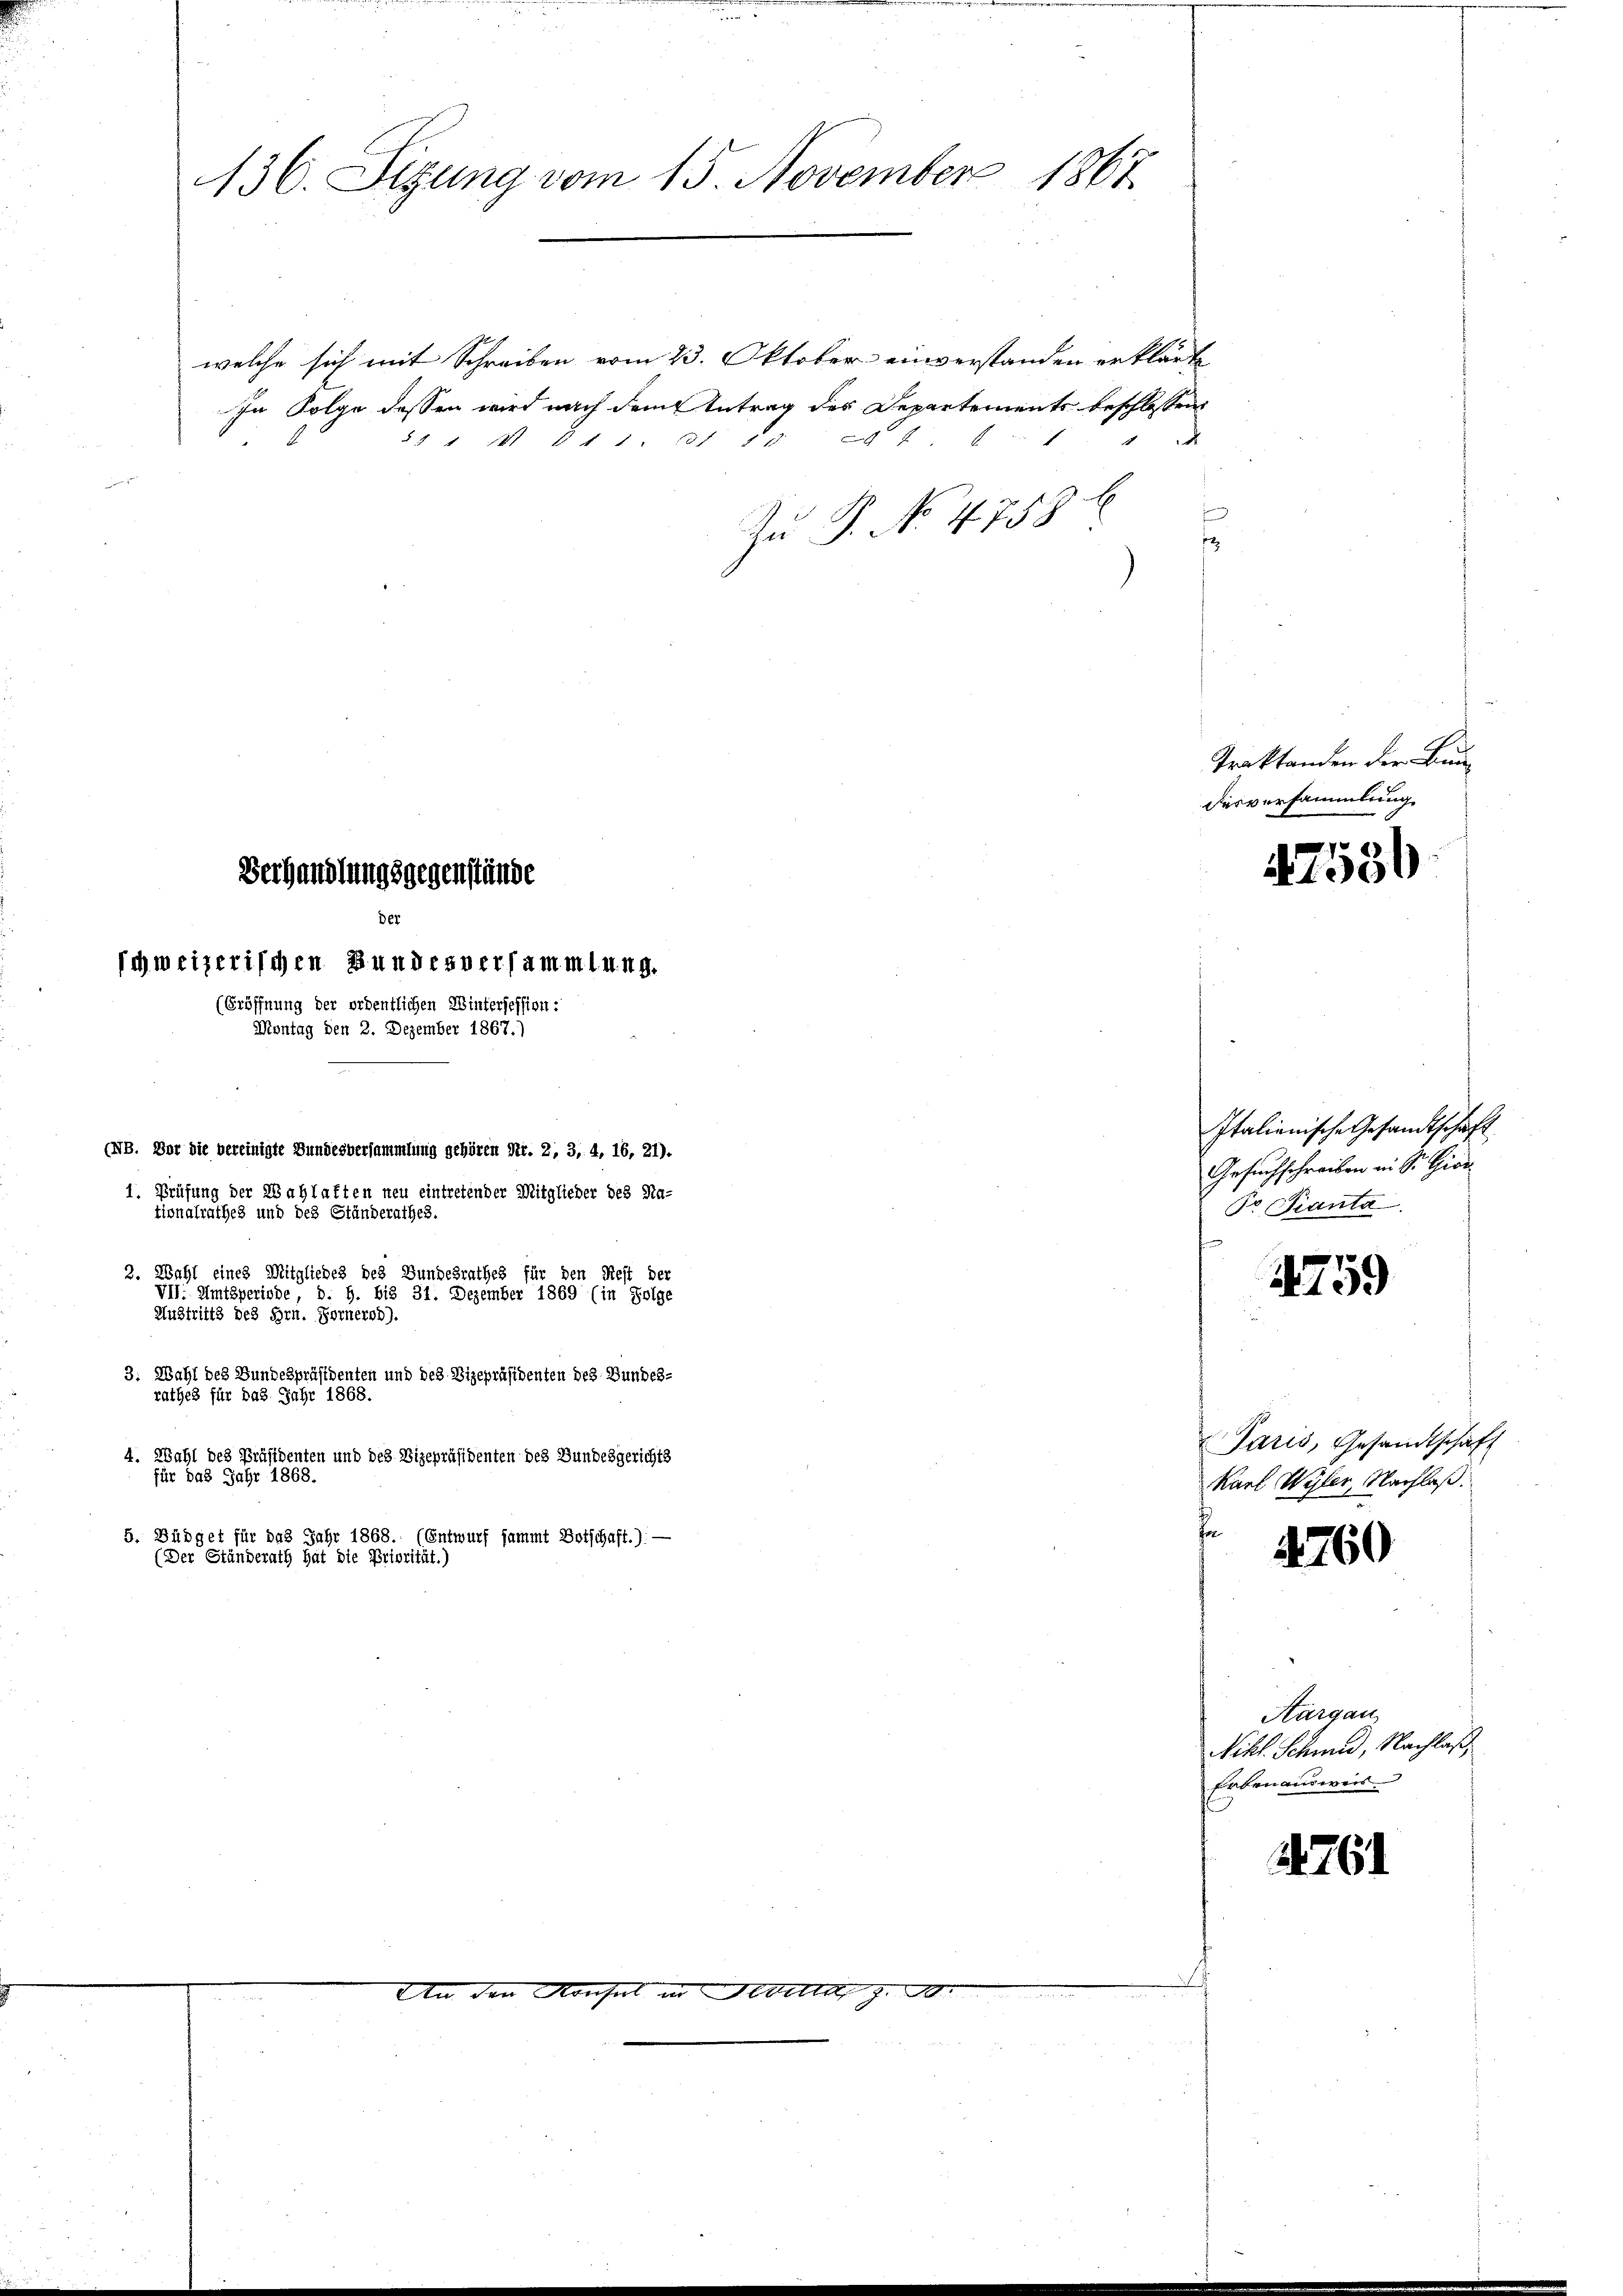
136. Sizung vom 15. November 1867.

welche sich mit Schreiben vom 23. Oktober einverstanden erklärte,
In Folge dessen wird nach dem Antrag des Departements beschlossen
55 1 M 611. 2111 24 f
Zu P. No. 4758
2

Der
schweizerischen Bundesversammlung.

(NB. Nur die bereinigte Bundesversammlung gehören Str. 2, 3, 4, 16, 21).
1. Prüfung der Wahlaften neu eintretender Mitglieder des Na-
Lionalrathes und des Ständerathes.
2. Wahl eines Mitgliedes des Bundesrathes für den Rest der
VII. Amtsperiode, d. h. bis 31. Dezember 1869 (in Folge
Austritts des Hrn. Fornernd).
3. Wahl des Bundespräsidenten und des Vizepräsidenten des Bundes-
rathes für das Jahr 1868.
4. Wahl des Präsidenten und des Vizepräsidenten des Bundesgerichts
für das Jahr 1868.
5. Büdget für das Jahr 1868. (Entwurf sammt Botschaft.): —
(Der Ständerath hat die Priorität.)

(Eröffnung der ordentlichen Wintersession:
Montag den 2. Dezember 1867.)

Verhandlungsgegenstände

evia g

Traktanden der Bundesversammlung

r
4760

7556

Italienische Gesandtschaft
Gesuchschreiben in St. Gior
Pr Pianta.

4759

Paris, Gesandtschaft
Karl Wyler, Nachlaß.

Aargau
Nikl. Schmid, Nachlaß
Erbenausweis

28. 761.